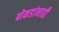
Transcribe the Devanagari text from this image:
बोकडांनाही